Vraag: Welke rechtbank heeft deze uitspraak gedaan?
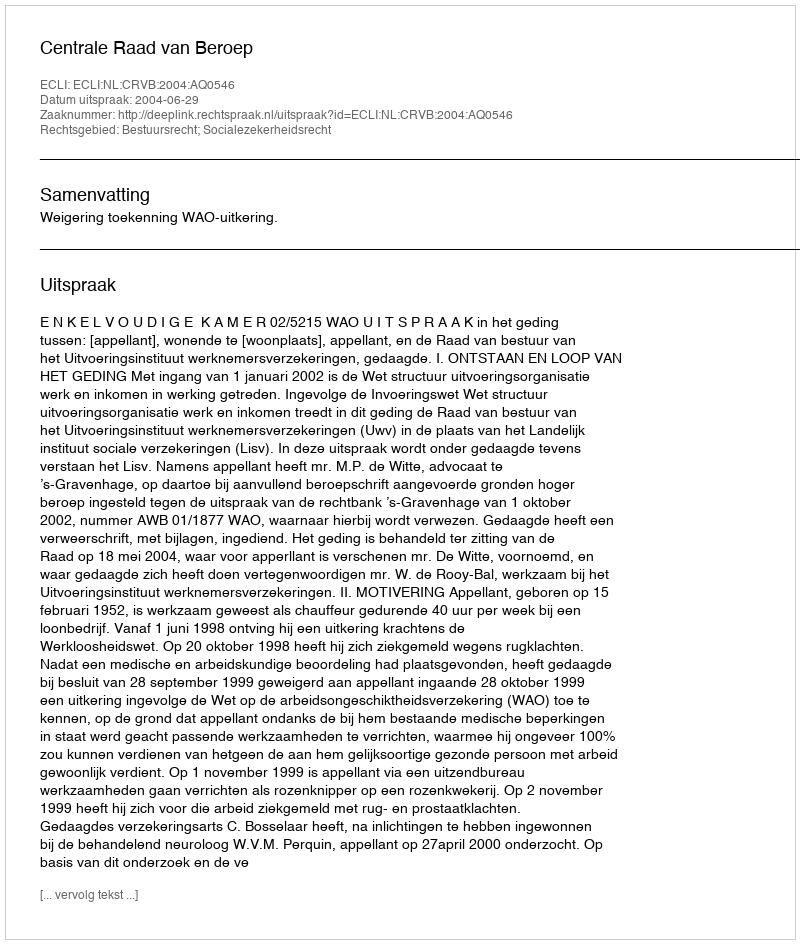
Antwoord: Centrale Raad van Beroep